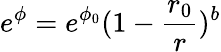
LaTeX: e^{\phi}=e^{\phi_{0}}(1-\frac{r_{0}}{r})^{b}